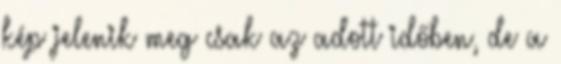
kép jelenik meg csak az adott időben, de a